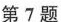
第7题